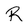
Character: R